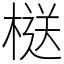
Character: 㮸